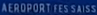
AÉROPORT FES SAISSE